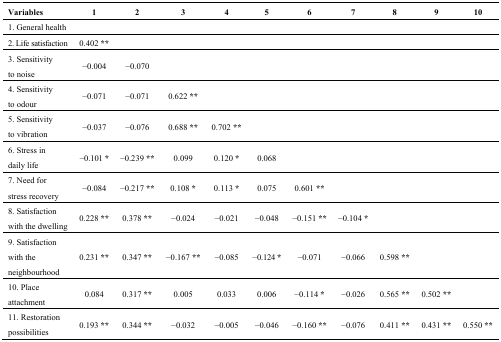
<table><thead><tr><td><b>Variables</b></td><td><b>1</b></td><td><b>2</b></td><td><b>3</b></td><td><b>4</b></td><td><b>5</b></td><td><b>6</b></td><td><b>7</b></td><td><b>8</b></td><td><b>9</b></td><td><b>10</b></td></tr></thead><tbody><tr><td>1. General health</td><td></td><td></td><td></td><td></td><td></td><td></td><td></td><td></td><td></td><td></td></tr><tr><td>2. Life satisfaction</td><td>0.402 <b>**</b></td><td></td><td></td><td></td><td></td><td></td><td></td><td></td><td></td><td></td></tr><tr><td>3. Sensitivity to noise</td><td>−0.004</td><td>−0.070</td><td></td><td></td><td></td><td></td><td></td><td></td><td></td><td></td></tr><tr><td>4. Sensitivity to odour</td><td>−0.071</td><td>−0.071</td><td>0.622 <b>**</b></td><td></td><td></td><td></td><td></td><td></td><td></td><td></td></tr><tr><td>5. Sensitivity to vibration</td><td>−0.037</td><td>−0.076</td><td>0.688 <b>**</b></td><td>0.702 <b>**</b></td><td></td><td></td><td></td><td></td><td></td><td></td></tr><tr><td>6. Stress in daily life</td><td>−0.101 <b>*</b></td><td>−0.239 <b>**</b></td><td>0.099</td><td>0.120 <b>*</b></td><td>0.068</td><td></td><td></td><td></td><td></td><td></td></tr><tr><td>7. Need for stress recovery</td><td>−0.084</td><td>−0.217 <b>**</b></td><td>0.108 <b>*</b></td><td>0.113 <b>*</b></td><td>0.075</td><td>0.601 <b>**</b></td><td></td><td></td><td></td><td></td></tr><tr><td>8. Satisfaction with the dwelling</td><td>0.228 <b>**</b></td><td>0.378 <b>**</b></td><td>−0.024</td><td>−0.021</td><td>−0.048</td><td>−0.151 <b>**</b></td><td>−0.104 <b>*</b></td><td></td><td></td><td></td></tr><tr><td>9. Satisfaction with the neighbourhood</td><td>0.231 <b>**</b></td><td>0.347 <b>**</b></td><td>−0.167 <b>**</b></td><td>−0.085</td><td>−0.124 <b>*</b></td><td>−0.071</td><td>−0.066</td><td>0.598 <b>**</b></td><td></td><td></td></tr><tr><td>10. Place attachment</td><td>0.084</td><td>0.317 <b>**</b></td><td>0.005</td><td>0.033</td><td>0.006</td><td>−0.114 <b>*</b></td><td>−0.026</td><td>0.565 <b>**</b></td><td>0.502 <b>**</b></td><td></td></tr><tr><td>11. Restoration possibilities</td><td>0.193 <b>**</b></td><td>0.344 <b>**</b></td><td>−0.032</td><td>−0.005</td><td>−0.046</td><td>−0.160 <b>**</b></td><td>−0.076</td><td>0.411 <b>**</b></td><td>0.431 <b>**</b></td><td>0.550 <b>**</b></td></tr></tbody></table>